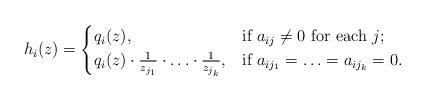
LaTeX: \begin{align*}h_i(z)=\begin{cases}q_i(z), & \mbox{if}\ a_{ij}\neq 0\ \mbox{for each}\ j; \\q_i(z)\cdot \frac{1}{z_{j_1}}\cdot \ldots \cdot \frac{1}{z_{j_k}}, & \mbox{if}\ a_{i{j_1}}=\ldots =a_{i{j_k}}=0.\end{cases}\end{align*}